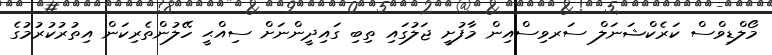
މޯލްޑިވްސް ކަރެކްޝަނަލް ސަރވިސްއިން މާފުށީ ޖަލުގައި ތިބި ގައިދީންނަށް ސިއްޙީ ހޭލުންތެރިކަން އިތުރުކުރުމުގެ